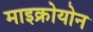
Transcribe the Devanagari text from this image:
माइक्रोयोन